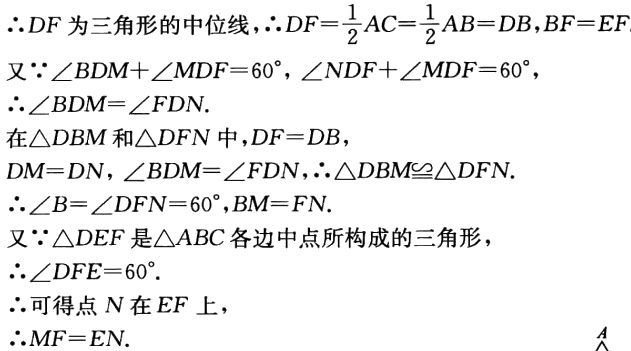
\(\therefore DF为三角形的中位线,\therefore DF = \frac{1}{2}AC=\frac{1}{2}AB = DB,BF = EF\)
又\(\because\angle BDM+\angle MDF = 60^{\circ},\angle NDF+\angle MDF = 60^{\circ},\)
\(\therefore\angle BDM=\angle FDN.\)
在\(\triangle DBM和\triangle DFN中,DF = DB,\)
\(DM = DN,\angle BDM=\angle FDN,\therefore\triangle DBM\cong\triangle DFN.\)
\(\therefore\angle B=\angle DFN = 60^{\circ},BM = FN.\)
又\(\because\triangle DEF是\triangle ABC各边中点所构成的三角形,\)
\(\therefore\angle DFE = 60^{\circ}.\)
\(\therefore可得点N在EF上,\)
\(\therefore MF = EN.\)